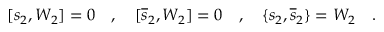
[ s _ { 2 } , W _ { 2 } ] = 0 \quad , \quad [ \overline { { { s } } } _ { 2 } , W _ { 2 } ] = 0 \quad , \quad \{ s _ { 2 } , \overline { { { s } } } _ { 2 } \} = W _ { 2 } \quad .